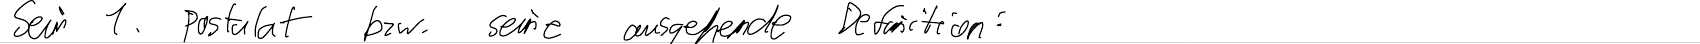
Sein 1. Postulat bzw. seine ausgehende Definition: